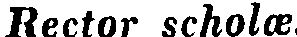
Rector scholæ